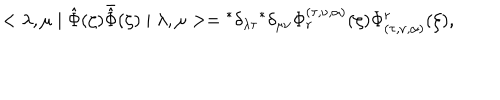
< \lambda , \mu \mid \hat { \Phi } ( \zeta ) \bar { \hat { \Phi } } ( \zeta ) \mid \lambda , \mu > = { } ^ { * } \delta _ { \lambda \tau } { } ^ { * } \delta _ { \mu \nu } \Phi _ { r } ^ { ( \tau , \nu , \alpha ) } ( \zeta ) \Phi _ { ( \tau , \nu , \alpha ) } ^ { r } ( \zeta ) ,